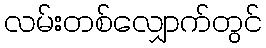
လမ်းတစ်လျှောက်တွင်